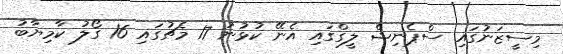
މިސީޒަނުގައި ސްޕެނިޝް ލީގްގައި އެނޭ ކުޅުނު 17 މެޗުގައި 16 ގޯލު ކާމިޔާބު